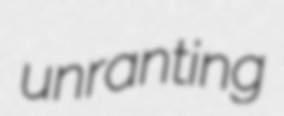
unranting